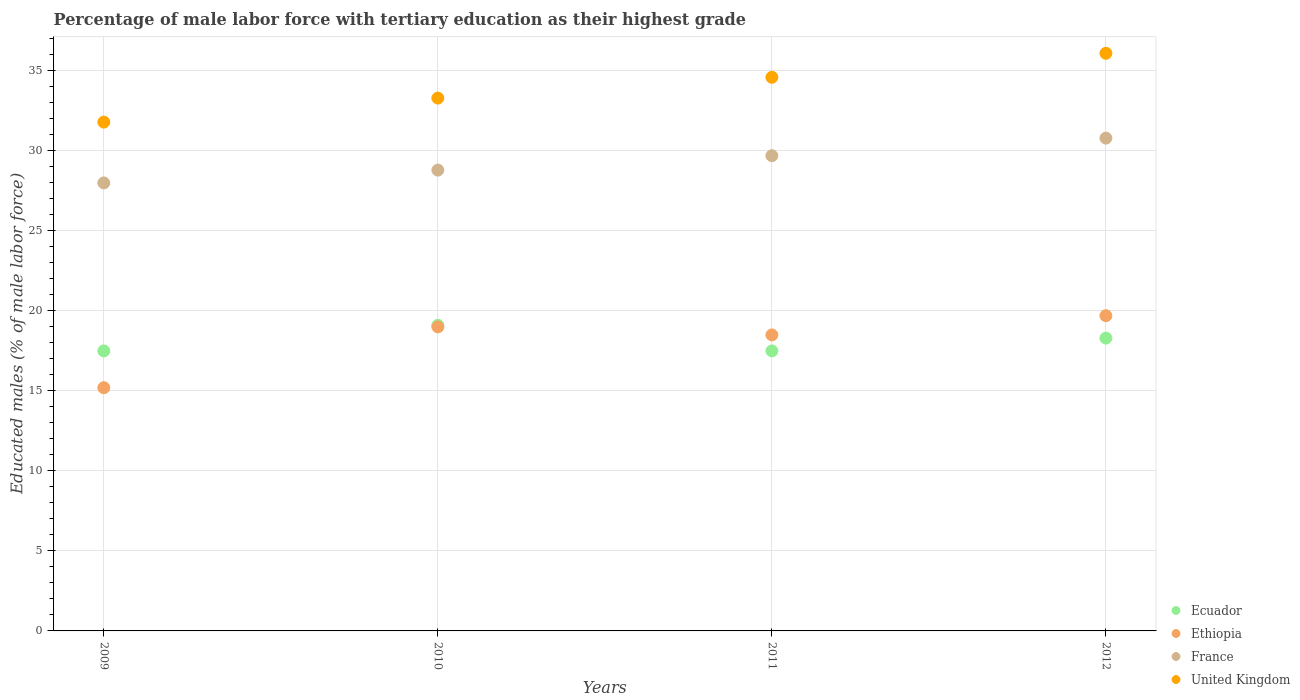
| Years | Ecuador | Ethiopia | France | United Kingdom |
 | --- | --- | --- | --- | --- |
 | 2009 | 17.5 | 15.2 | 28 | 31.8 |
 | 2010 | 19.1 | 19 | 28.8 | 33.3 |
 | 2011 | 17.5 | 18.5 | 29.7 | 34.6 |
 | 2012 | 18.3 | 19.7 | 30.8 | 36.1 |